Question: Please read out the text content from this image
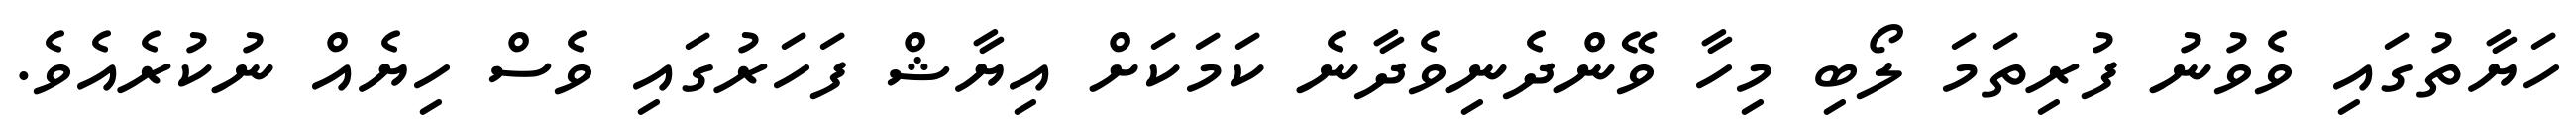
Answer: ހަޔާތުގައި ވެވުނު ފުރިތަމަ ލޯބި މިހާ ވޭންދެނިވެދާނެ ކަމަކަށް އިޔާޝް ފަހަރުގައި ވެސް ހިޔެއް ނުކުރެއެވެ.